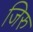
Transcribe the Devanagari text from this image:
जिरु